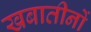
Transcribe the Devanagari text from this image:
खबातीनों